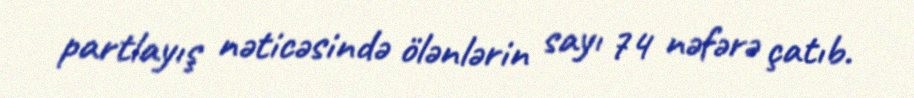
partlayış nəticəsində ölənlərin sayı 74 nəfərə çatıb.